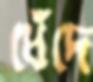
ধেঁদে